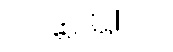
犹隘